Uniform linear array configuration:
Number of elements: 8
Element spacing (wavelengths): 1
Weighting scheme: binomial
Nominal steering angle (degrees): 15
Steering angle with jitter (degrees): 14.345
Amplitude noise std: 0.05
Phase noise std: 0.05

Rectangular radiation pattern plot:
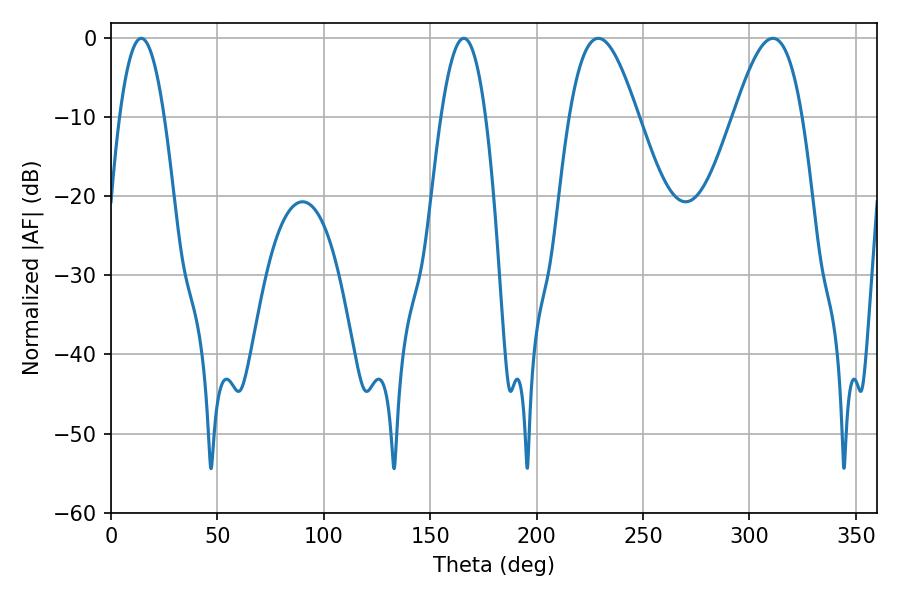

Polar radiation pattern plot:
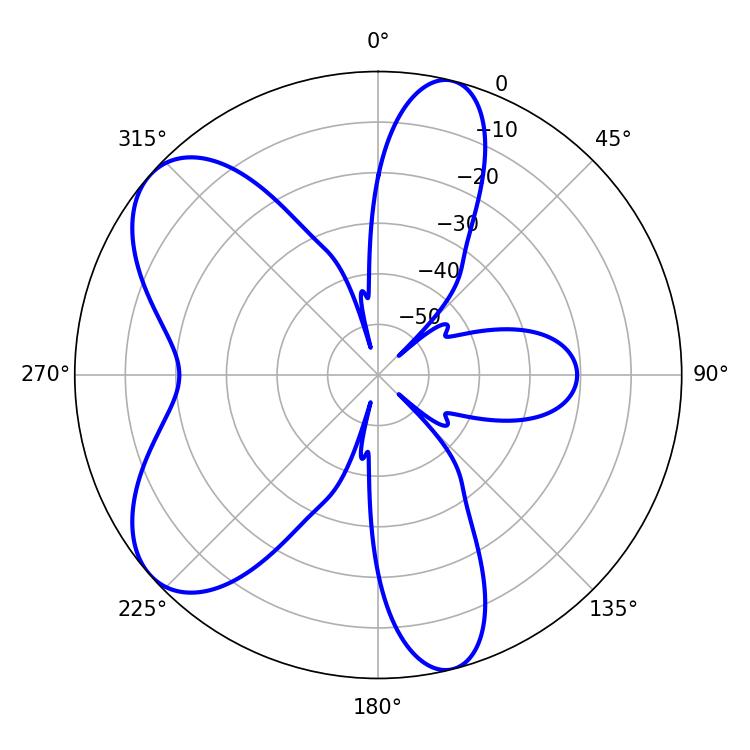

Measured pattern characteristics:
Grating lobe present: TRUE
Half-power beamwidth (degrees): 11.52
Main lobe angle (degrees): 14.22